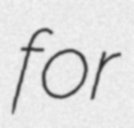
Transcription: for